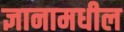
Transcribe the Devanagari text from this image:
ज्ञानामधील